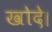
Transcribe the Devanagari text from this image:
खोदे।